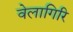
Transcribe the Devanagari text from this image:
वेलागिरि